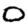
Digit: 0